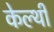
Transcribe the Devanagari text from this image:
केल्थी